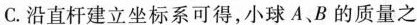
C.沿直杆建立坐标系可得，小球A、B的质量之